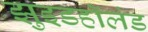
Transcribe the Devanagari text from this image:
झुइडहॉलंड